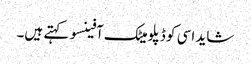
شاید اسی کو ڈپلومیٹک آفینسو کہتے ہیں۔